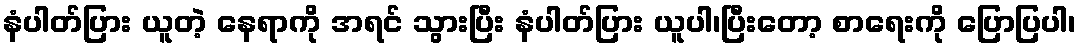
နံပါတ်ပြား ယူတဲ့ နေရာကို အရင် သွားပြီး နံပါတ်ပြား ယူပါ၊ပြီးတော့ စာရေးကို ပြောပြပါ၊